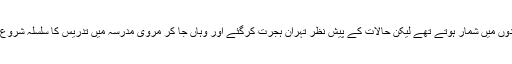
سن 1953ء میں حوزہ کے مشہور مدرس اور آئندہ کی امیدوں میں شمار ہوتے تھے لیکن حالات کے پیش نظر تہران ہجرت کرگئے اور وہاں جا کر مروی مدرسہ میں تدریس کا سلسلہ شروع کرتے ہیں اور تالیفات و تقریرات میں مشغول ہوجاتے ہیں۔